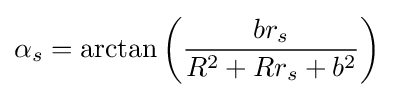
\alpha _{s}=\arctan \left({\frac {br_{s}}{R^{2}+Rr_{s}+b^{2}}}\right)